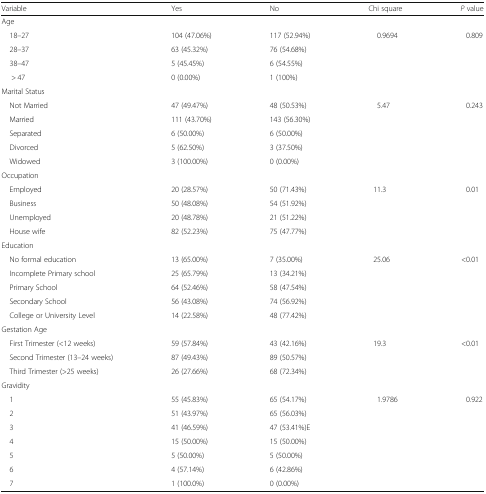
<table><thead><tr><td><b>Variable</b></td><td><b>Yes</b></td><td><b>No</b></td><td><b>Chi square</b></td><td><b><i>P</i> value</b></td></tr></thead><tbody><tr><td colspan="5">Age</td></tr><tr><td> 18–27</td><td>104 (47.06%)</td><td>117 (52.94%)</td><td rowspan="4">0.9694</td><td rowspan="4">0.809</td></tr><tr><td> 28–37</td><td>63 (45.32%)</td><td>76 (54.68%)</td></tr><tr><td> 38–47</td><td>5 (45.45%)</td><td>6 (54.55%)</td></tr><tr><td>&gt; 47</td><td>0 (0.00%)</td><td>1 (100%)</td></tr><tr><td colspan="5">Marital Status</td></tr><tr><td> Not Married</td><td>47 (49.47%)</td><td>48 (50.53%)</td><td rowspan="5">5.47</td><td rowspan="5">0.243</td></tr><tr><td> Married</td><td>111 (43.70%)</td><td>143 (56.30%)</td></tr><tr><td> Separated</td><td>6 (50.00%)</td><td>6 (50.00%)</td></tr><tr><td> Divorced</td><td>5 (62.50%)</td><td>3 (37.50%)</td></tr><tr><td> Widowed</td><td>3 (100.00%)</td><td>0 (0.00%)</td></tr><tr><td colspan="5">Occupation</td></tr><tr><td> Employed</td><td>20 (28.57%)</td><td>50 (71.43%)</td><td rowspan="4">11.3</td><td rowspan="4">0.01</td></tr><tr><td> Business</td><td>50 (48.08%)</td><td>54 (51.92%)</td></tr><tr><td> Unemployed</td><td>20 (48.78%)</td><td>21 (51.22%)</td></tr><tr><td> House wife</td><td>82 (52.23%)</td><td>75 (47.77%)</td></tr><tr><td colspan="5">Education</td></tr><tr><td> No formal education</td><td>13 (65.00%)</td><td>7 (35.00%)</td><td rowspan="5">25.06</td><td rowspan="5">&lt;0.01</td></tr><tr><td> Incomplete Primary school</td><td>25 (65.79%)</td><td>13 (34.21%)</td></tr><tr><td> Primary School</td><td>64 (52.46%)</td><td>58 (47.54%)</td></tr><tr><td> Secondary School</td><td>56 (43.08%)</td><td>74 (56.92%)</td></tr><tr><td> College or University Level</td><td>14 (22.58%)</td><td>48 (77.42%)</td></tr><tr><td colspan="5">Gestation Age</td></tr><tr><td> First Trimester (&lt;12 weeks)</td><td>59 (57.84%)</td><td>43 (42.16%)</td><td rowspan="3">19.3</td><td rowspan="3">&lt;0.01</td></tr><tr><td> Second Trimester (13–24 weeks)</td><td>87 (49.43%)</td><td>89 (50.57%)</td></tr><tr><td> Third Trimester (&gt;25 weeks)</td><td>26 (27.66%)</td><td>68 (72.34%)</td></tr><tr><td colspan="5">Gravidity</td></tr><tr><td> 1</td><td>55 (45.83%)</td><td>65 (54.17%)</td><td rowspan="7">1.9786</td><td rowspan="7">0.922</td></tr><tr><td> 2</td><td>51 (43.97%)</td><td>65 (56.03%)</td></tr><tr><td> 3</td><td>41 (46.59%)</td><td>47 (53.41%)E</td></tr><tr><td> 4</td><td>15 (50.00%)</td><td>15 (50.00%)</td></tr><tr><td> 5</td><td>5 (50.00%)</td><td>5 (50.00%)</td></tr><tr><td> 6</td><td>4 (57.14%)</td><td>6 (42.86%)</td></tr><tr><td> 7</td><td>1 (100.0%)</td><td>0 (0.00%)</td></tr></tbody></table>